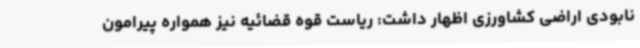
نابودی اراضی کشاورزی اظهار داشت: ریاست قوه قضائیه نیز همواره پیرامون